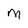
Character: M